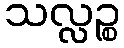
သလ္လဉ္စ